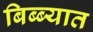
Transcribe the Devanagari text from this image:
बिब्ब्यात